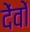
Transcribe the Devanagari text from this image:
देंवों